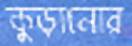
কুড়ানোর